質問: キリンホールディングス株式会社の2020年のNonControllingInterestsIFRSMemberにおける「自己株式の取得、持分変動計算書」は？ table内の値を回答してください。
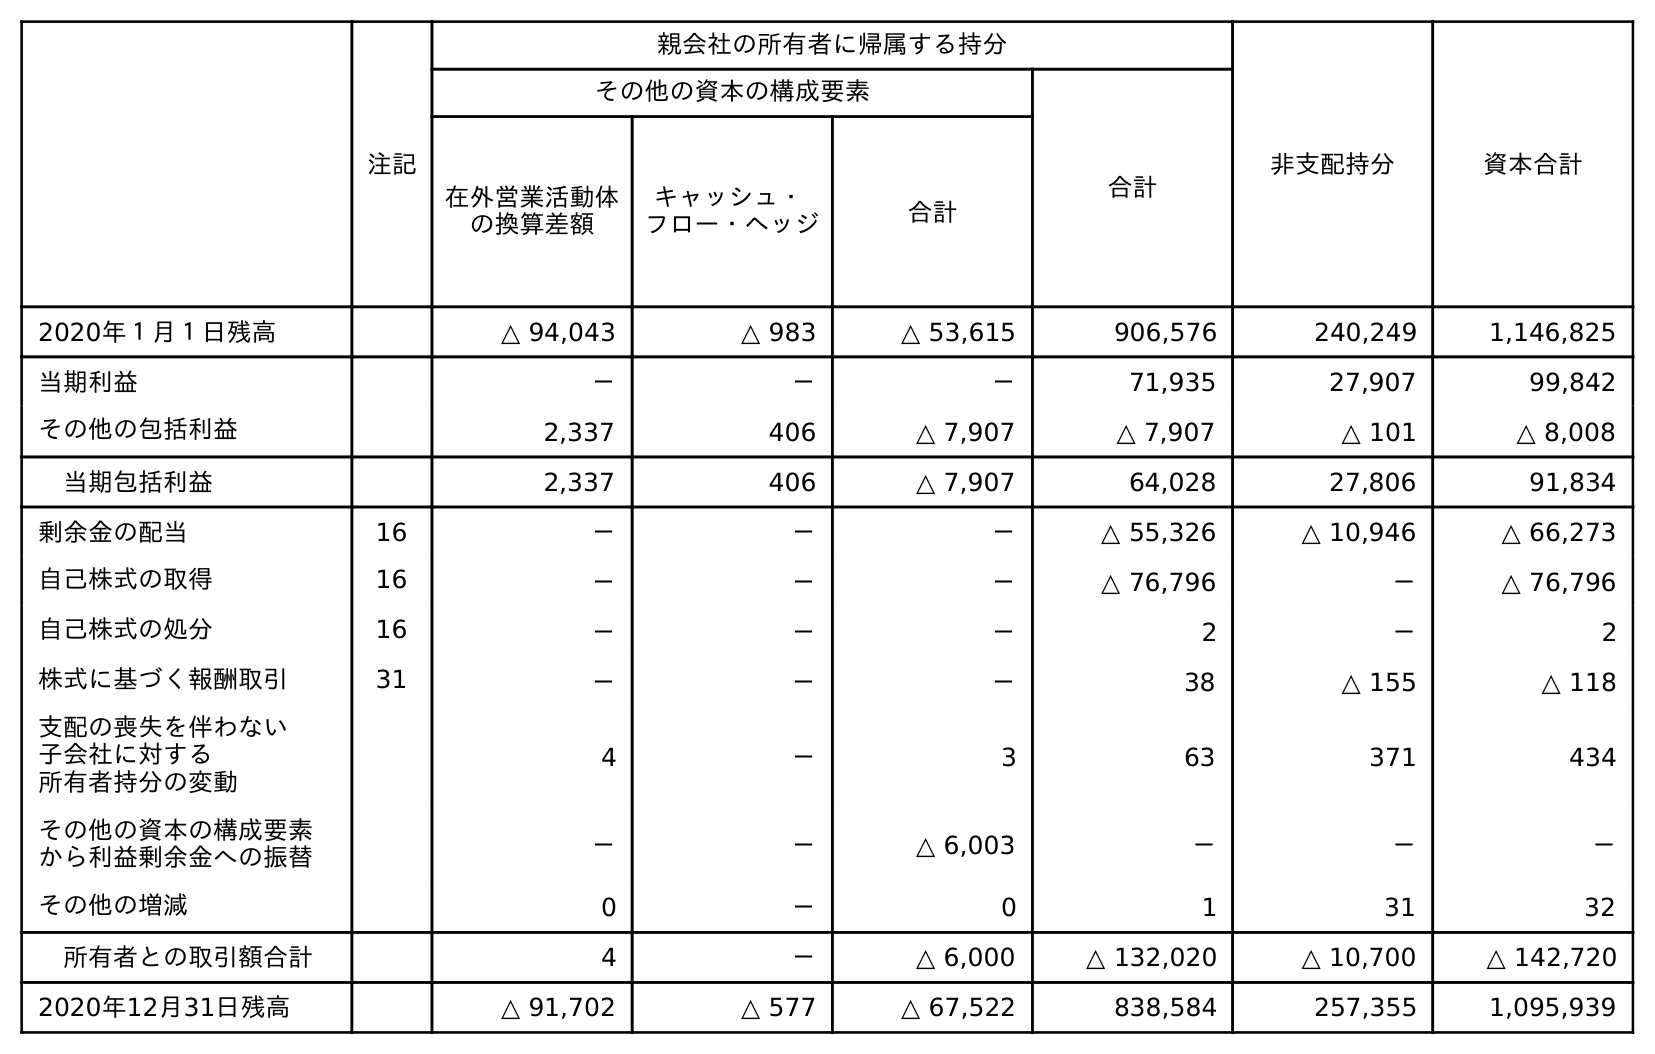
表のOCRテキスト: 注記 親会社の所有者に帰属する持分 非支配持分 資本合計 その他の資本の構成要素 合計 在外営業活動体 の換算差額 キャッシュ・ フロー・ヘッジ 合計 2020年１月１日残高 △ 94,043 △ 983 △ 53,615 906,576 240,249 1,146,825 当期利益 － － － 71,935 27,907 99,842 その他の包括利益 2,337 406 △ 7,907 △ 7,907 △ 101 △ 8,008 当期包括利益 2,337 406 △ 7,907 64,028 27,806 91,834 剰余金の配当 16 － － － △ 55,326 △ 10,946 △ 66,273 自己株式の取得 16 － － － △ 76,796 － △ 76,796 自己株式の処分 16 － － － 2 － 2 株式に基づく報酬取引 31 － － － 38 △ 155 △ 118 支配の喪失を伴わない 子会社に対する 所有者持分の変動 4 － 3 63 371 434 その他の資本の構成要素 から利益剰余金への振替 － － △ 6,003 － － － その他の増減 0 － 0 1 31 32 所有者との取引額合計 4 － △ 6,000 △ 132,020 △ 10,700 △ 142,720 2020年12月31日残高 △ 91,702 △ 577 △ 67,522 838,584 257,355 1,095,939
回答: －